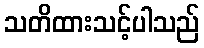
သတိထားသင့်ပါသည်